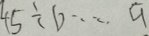
4 5 \div b \cdots a